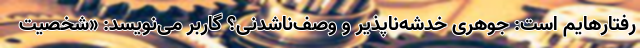
رفتارهایم است: جوهری خدشه‌ناپذیر و وصف‌ناشدنی؟ گاربر می‌نویسد: «شخصیت